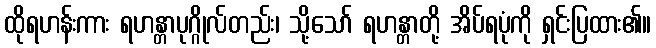
ထိုရဟန်းကား ရဟန္တာပုဂ္ဂိုလ်တည်း၊ သို့သော် ရဟန္တာတို့ အိပ်ရပုံကို ရှင်းပြထား၏။